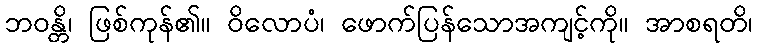
ဘဝန္တိ၊ ဖြစ်ကုန်၏။ ဝိလောပံ၊ ဖောက်ပြန်သောအကျင့်ကို။ အာစရတိ၊